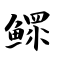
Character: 鳏